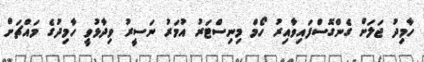
ހާމިދު ޖަލަށް ގެންގޮސްފައިވާއިރު ހޯމް މިނިސްޓަރު އުމަރު ނަސީރު ވިދާޅުވީ ހާމިދުގެ މައްޗަށް